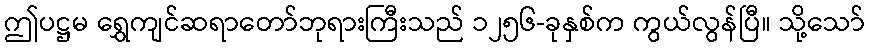
ဤပဋ္ဌမ ရွှေကျင်ဆရာတော်ဘုရားကြီးသည် ၁၂၅၆-ခုနှစ်က ကွယ်လွန်ပြီ။ သို့သော်